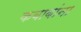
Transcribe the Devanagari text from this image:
कबाबांना